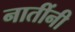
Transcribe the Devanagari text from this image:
नातींनी